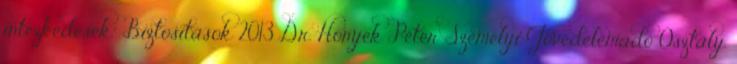
intézkedések." Biztosítások 2013 Dr. Honyek Péter Személyi Jövedelemadó Osztály.